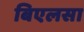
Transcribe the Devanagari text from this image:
बिएलसा